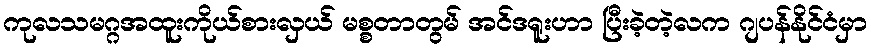
ကုလသမဂ္ဂအထူးကိုယ်စားလှယ် မစ္စတာတွမ် အင်ဒရူးဟာ ပြီးခဲ့တဲ့လက ဂျပန်နိုင်ငံမှာ